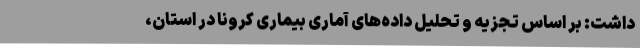
داشت: بر اساس تجزیه و تحلیل داده‌های آماری بیماری کرونا در استان،